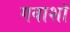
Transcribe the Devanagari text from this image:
गवाशॉ